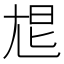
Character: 㞁